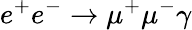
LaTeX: e^{+}e^{-}\rightarrow\mu^{+}\mu^{-}\gamma